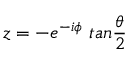
z = - e ^ { - i \phi } ~ t a n \frac { \theta } { 2 }